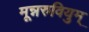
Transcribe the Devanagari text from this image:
मून्नरुवियुम्